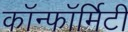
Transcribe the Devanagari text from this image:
कॉन्फॉर्मिटी